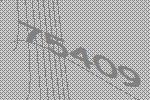
75409